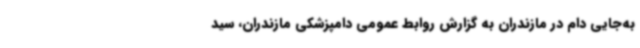
به‌جایی دام در مازندران به گزارش روابط عمومی دامپزشکی مازندران، سید